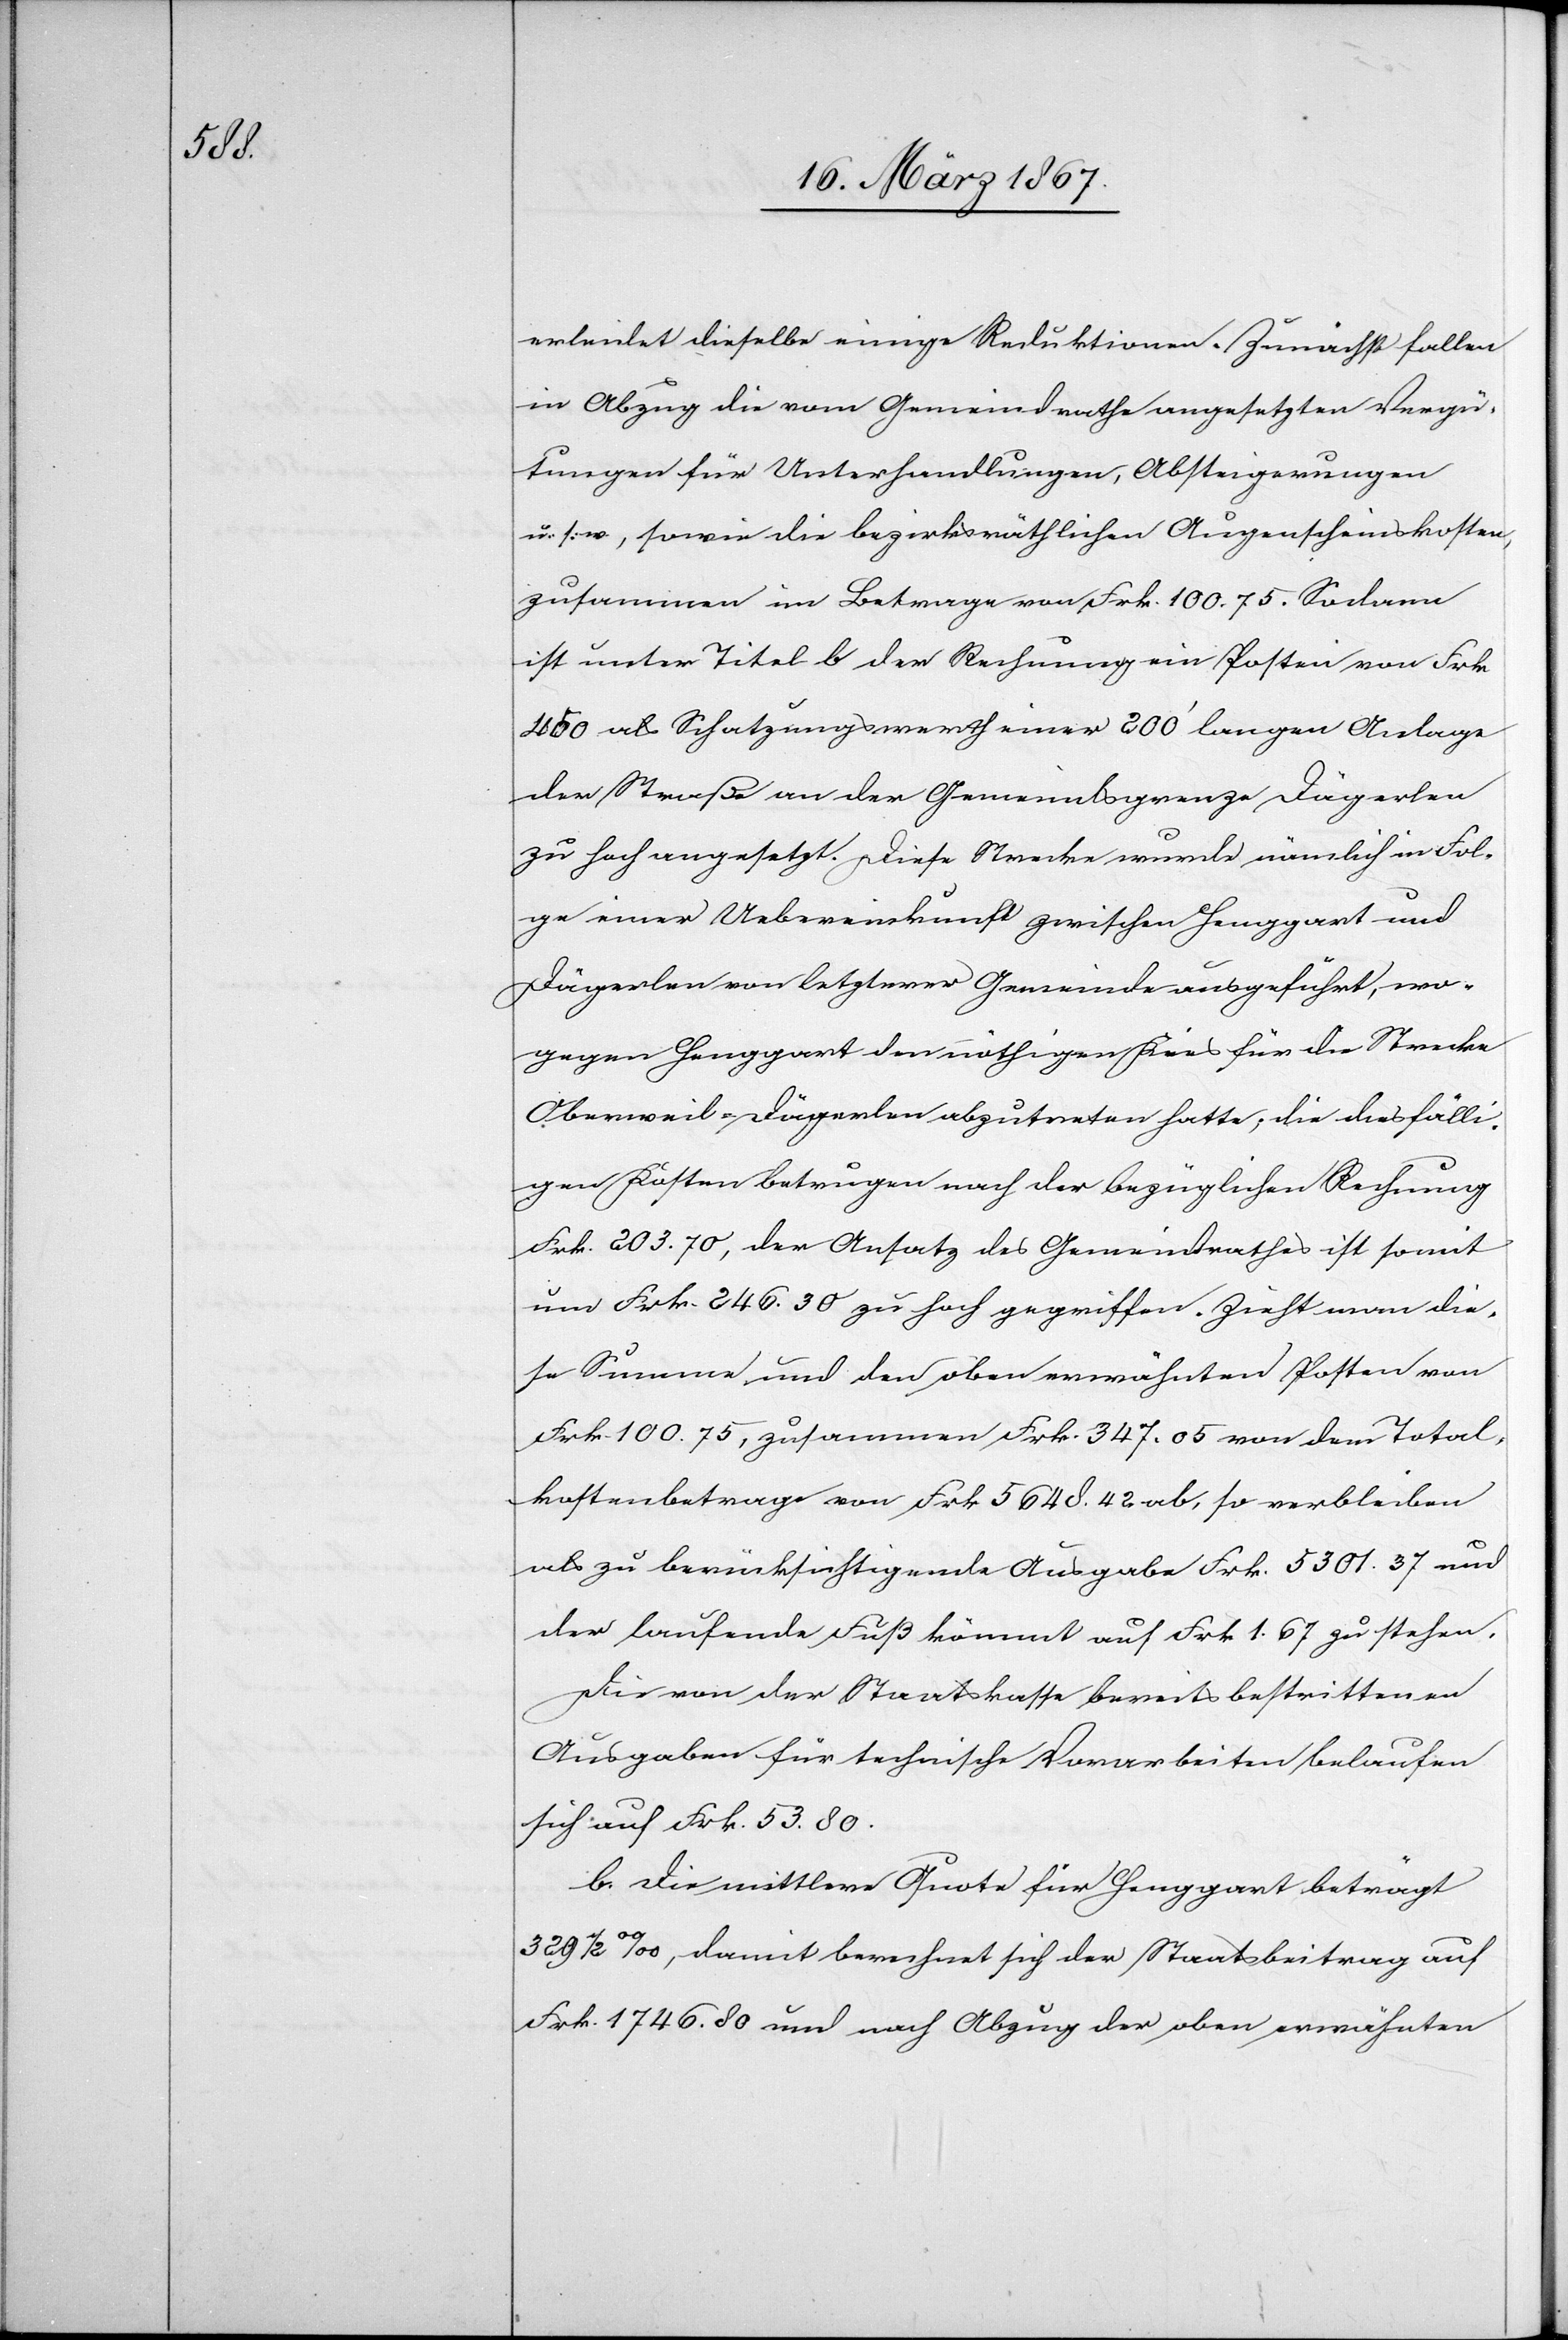
erleidet dieselbe einige Reduktionen. Zunächst fallen
in Abzug die vom Gemeindrathe angesetzten Vergü¬
tungen für Unterhandlungen, Absteigerungen
u. s. w., sowie die bezirksräthlichen Augenscheinskosten,
zusammen im Betrage von Frk. 100.75. Sodann
ist unter Titel b der Rechnung ein Posten von Frk.
450 als Schatzungswerth einer 200’ langen Anlage
der Straße an der Gemeindsgrenze Dägerlen
zu hoch angesetzt. Diese Strecke wurde nämlich in Fol¬
ge einer Uebereinkunft zwischen Henggart und
Dägerlen von letzterer Gemeinde ausgeführt, wo¬
gegen Henggart den nöthigen Kies für die Strecke
Oberweil-Dägerlen abzutreten hatte; die diesfälli¬
gen Kosten betrugen nach der bezüglichen Rechnung
Frk. 203.70, der Ansatz des Gemeindrathes ist somit
um Frk. 246.30 zu hoch gegriffen. Zieht man die¬
se Summe und den oben erwähnten Posten von
Frk. 100.75, zusammen Frk. 347.05 von dem Total¬
kostenbetrage von Frk. 5648.42 ab, so verbleiben
als zu berücksichtigende Ausgabe Frk. 5301.37 und
der laufende Fuß kommt auf Frk. 1.67 zu stehen.
Die von der Staatskasse bereits bestrittenen
Ausgaben für technische Vorarbeiten belaufen
sich auf Frk. 53.80.
b.	Die mittlere Quote für Henggart beträgt
329 1/2 %, damit berechnet sich der Staatsbeitrag auf
Frk. 174.80 und nach Abzug der oben erwähnten